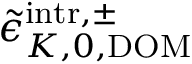
\tilde { \epsilon } _ { K , 0 , \mathrm { D O M } } ^ { \mathrm { i n t r } , \pm }